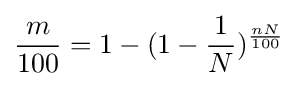
{\frac {m}{100}}=1-(1-{\frac {1}{N}})^{\frac {nN}{100}}